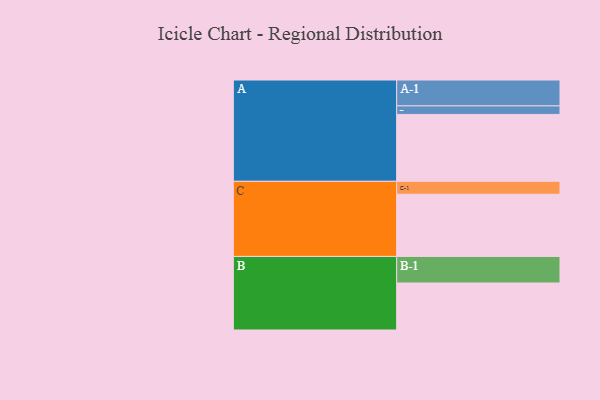
{"axis": {"x": "Segment", "y": "Value"}, "legend": ["", "A", "B", "C"], "data": [{"x": "A", "y": 595, "type": ""}, {"x": "B", "y": 418, "type": ""}, {"x": "C", "y": 553, "type": ""}, {"x": "A-1", "y": 230, "type": "A"}, {"x": "A-2", "y": 76, "type": "A"}, {"x": "B-1", "y": 236, "type": "B"}, {"x": "C-1", "y": 115, "type": "C"}]}